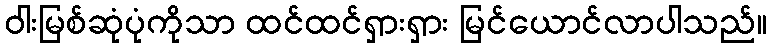
ဝါးမြစ်ဆုံပုံကိုသာ ထင်ထင်ရှားရှား မြင်ယောင်လာပါသည်။